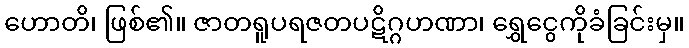
ဟောတိ၊ ဖြစ်၏။ ဇာတရူပရဇတပဋိဂ္ဂဟဏာ၊ ရွှေငွေကိုခံခြင်းမှ။